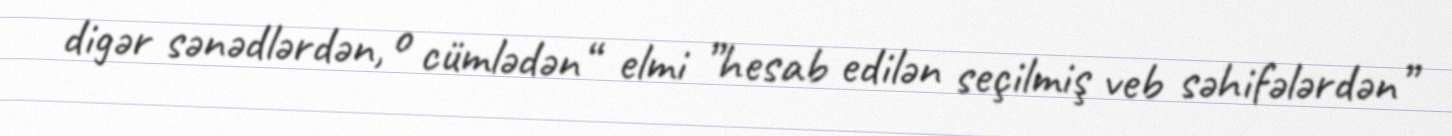
digər sənədlərdən, o cümlədən“ elmi ”hesab edilən seçilmiş veb səhifələrdən”